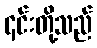
၄င်းတို့သည်